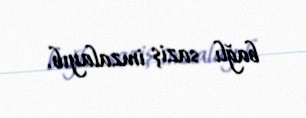
bağlı saziş imzalayıb.